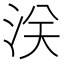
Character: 浂